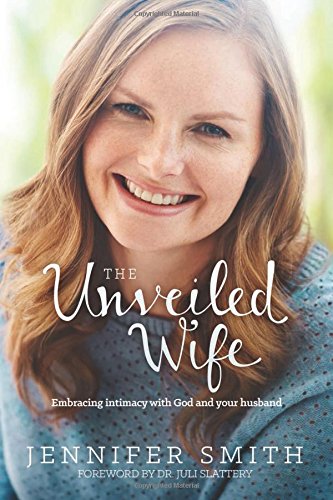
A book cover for The Unveiled Wife: Embracing Intimacy with God and Your Husband; Jennifer Smith; Christian Books & Bibles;